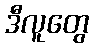
ဒီလူတွေ